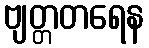
ဗျတ္တတရေန